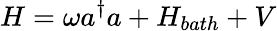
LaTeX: H=\omega a^{\dagger}a+H_{bath}+V